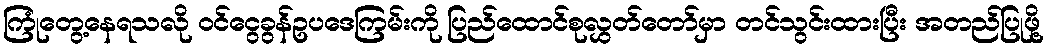
ကြုံတွေ့နေရသလို ဝင်ငွေခွန်ဥပဒေကြမ်းကို ပြည်ထောင်စုလွှတ်တော်မှာ တင်သွင်းထားပြီး အတည်ပြုဖို့